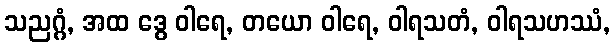
သညဂ္ဂံ, အထ ဒွေ ဝါရေ, တယော ဝါရေ, ဝါရသတံ, ဝါရသဟဿံ,